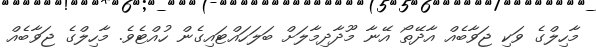
މާހިލްގެ ވަކި ޖަވާބެއް އާދޭތޯ އޭނާ މޫދާދިމާލަށް ބަލަހައްޓައިގެން ހުއްޓެވެ. މާހިލްގެ ޖަވާބެއް